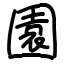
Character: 園